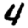
Digit: 4